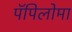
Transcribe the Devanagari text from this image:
पॅपिलोमा